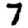
Digit: 7